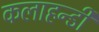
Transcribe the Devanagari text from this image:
कलाहन्डी